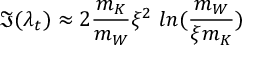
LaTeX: \Im ( \lambda _ { t } ) \approx 2 \frac { m _ { K } } { m _ { W } } \xi ^ { 2 } ~ l n ( \frac { m _ { W } } { \xi m _ { K } } )